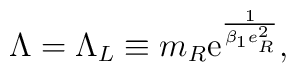
\Lambda = \Lambda_L \equiv m_R \mbox{e}^{\frac{1}{\beta_1 e_R^2}},